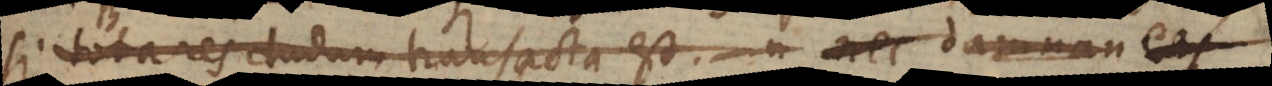
si tota res dudum transacta est. nec damnan e